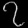
Digit: ၇